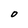
Character: O